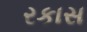
રકાસ